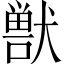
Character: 獣